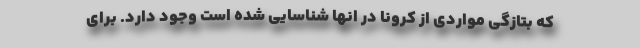
که بتازگی مواردی از کرونا در انها شناسایی شده است وجود دارد. برای